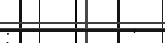
:        '